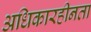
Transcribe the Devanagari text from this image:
अधिकारहीनता